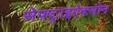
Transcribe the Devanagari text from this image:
सेफ़्ट्राइऐक्सोन